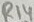
Text: R14